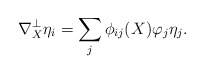
\begin{align*} \nabla_X^\perp\eta_i=\sum_{j}\phi_{ij}(X)\varphi_j\eta_j.\end{align*}